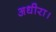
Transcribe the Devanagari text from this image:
अधीरा।